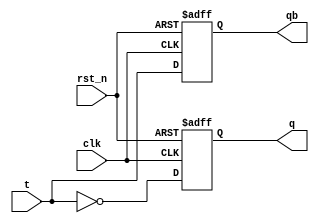
`timescale 1ns / 1ps

module t_ff(
    output reg q,
    output reg qb,
    input t,
    input rst_n,
    input clk
    );

    always @(posedge clk or  negedge rst_n)
    begin
        if (!rst_n)
        begin
            q <= 0;
            qb <= 1;
        end
        else
        begin
            q <= ~t;
            qb <= t;
        end
    end
endmodule